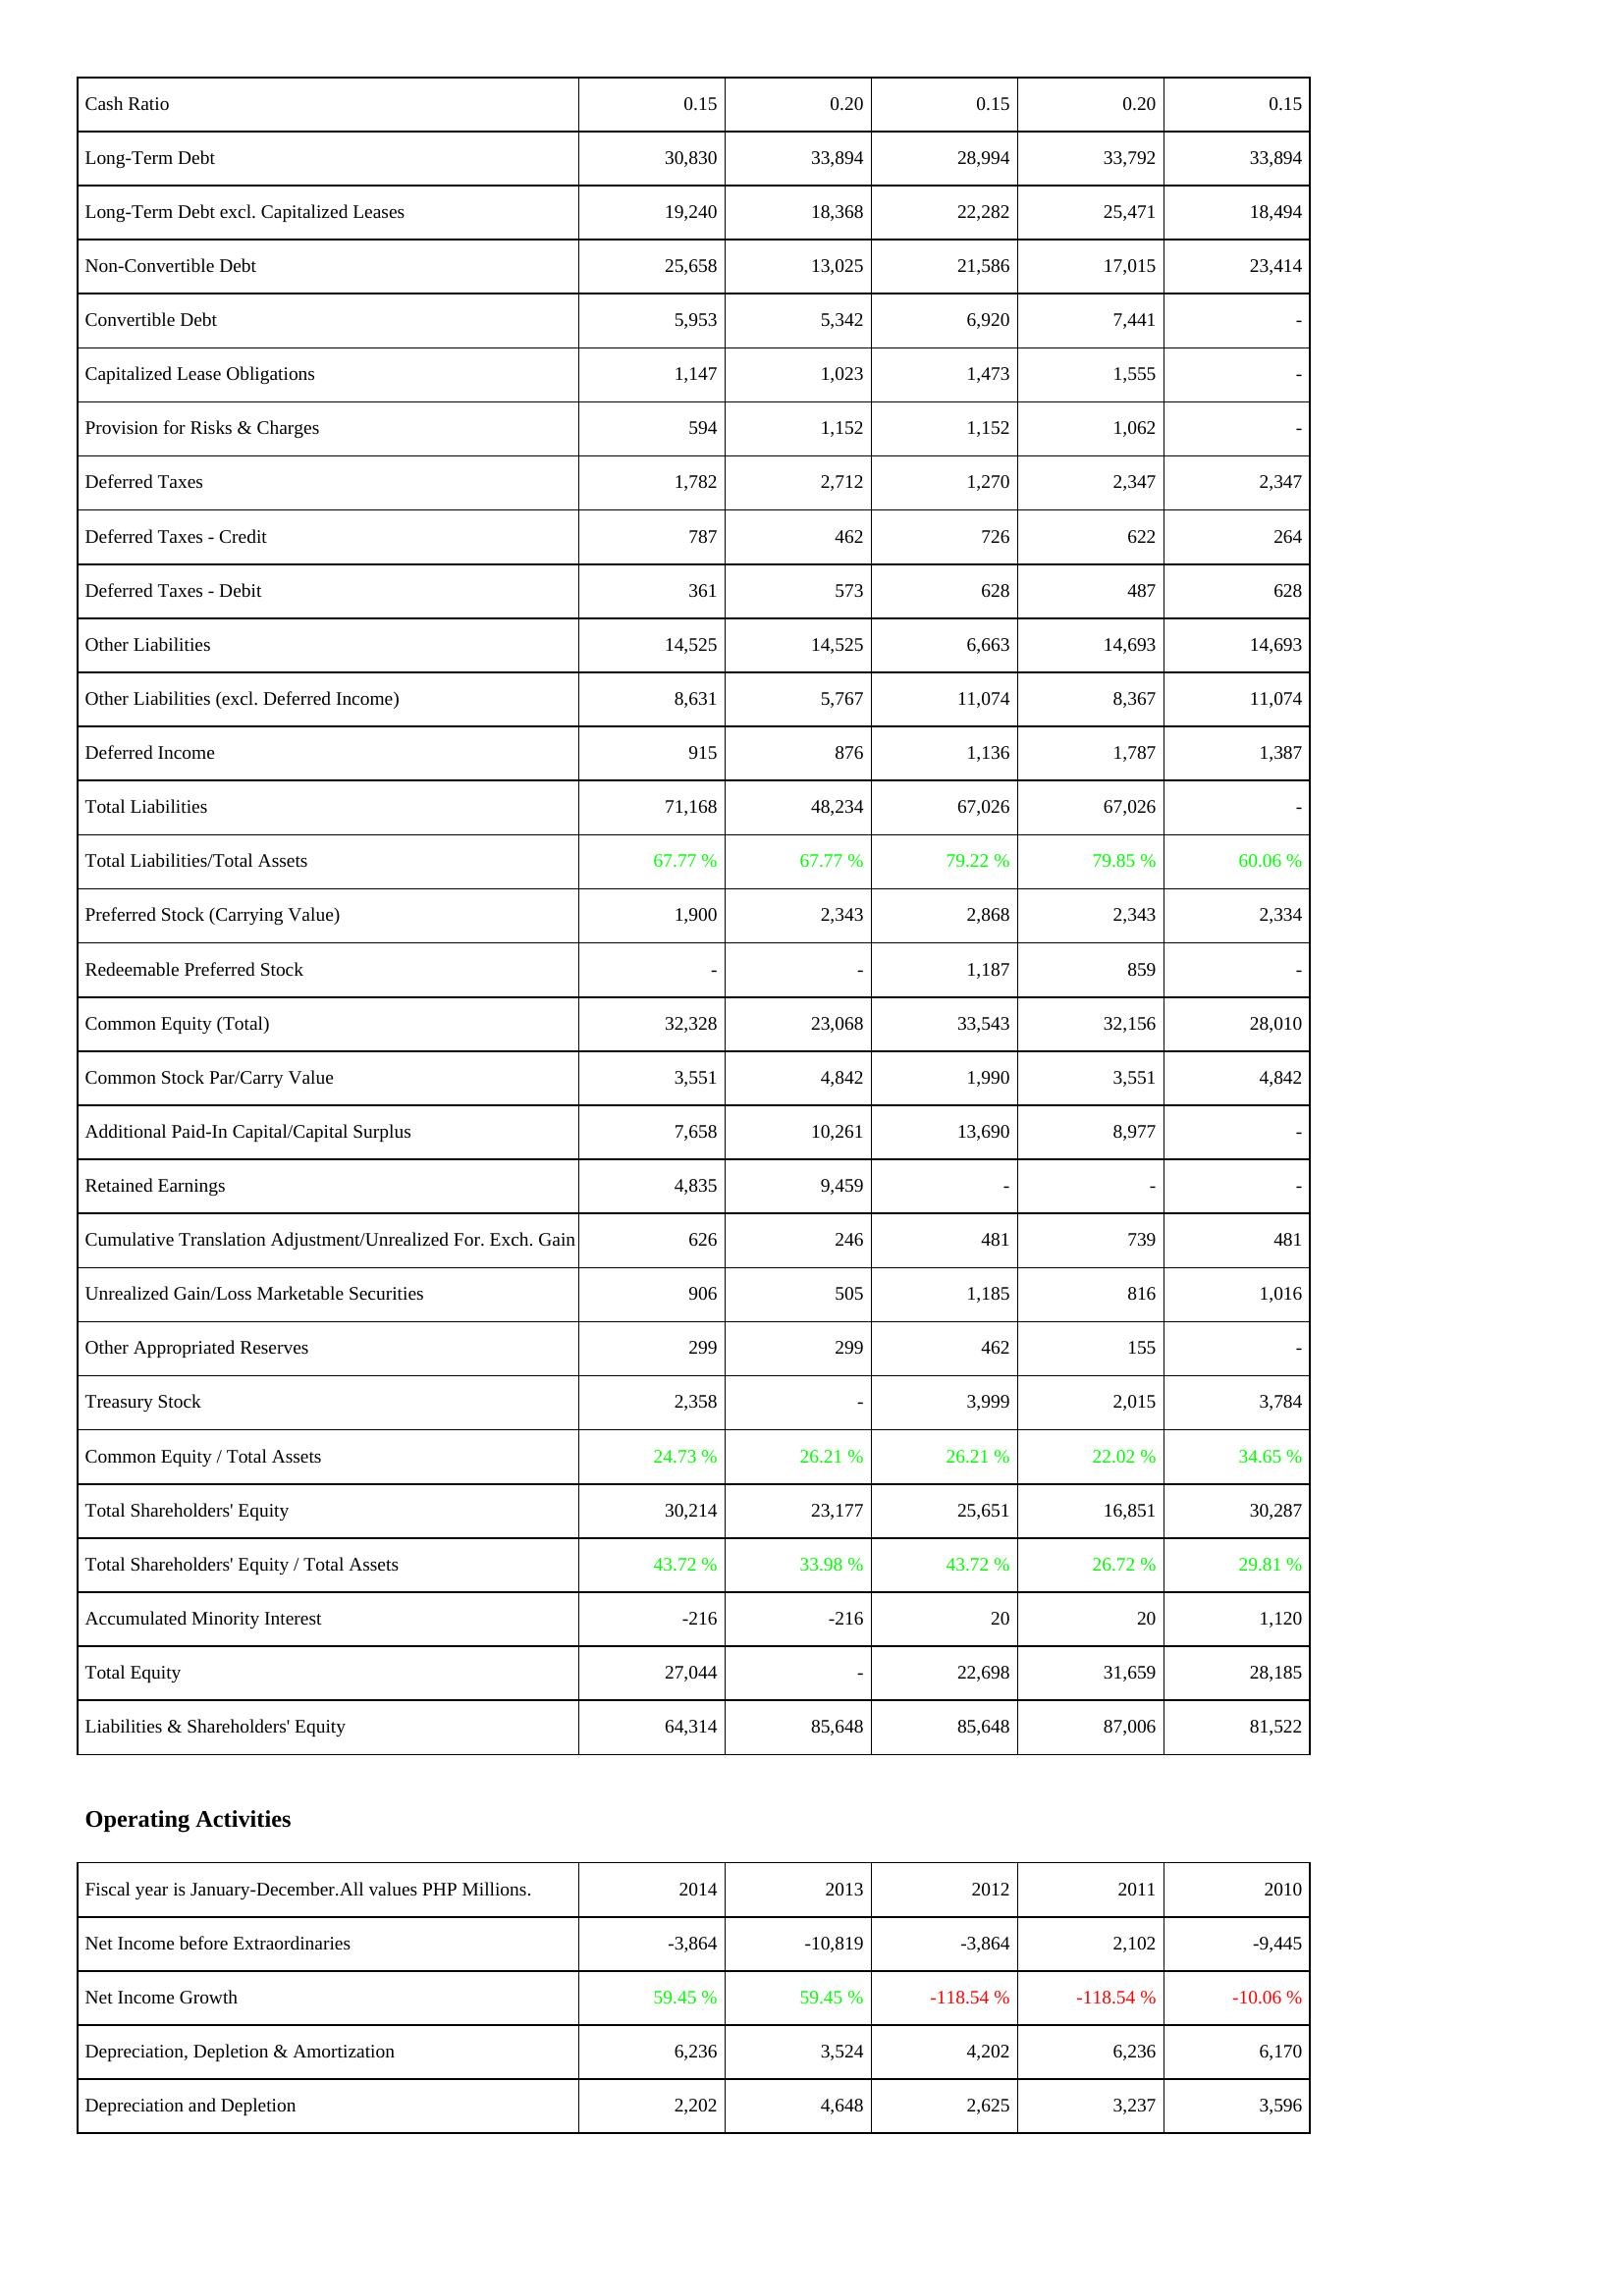
2014: Liabilities & Shareholders' Equity: Cash Ratio: 0.15
Long-Term Debt: 30,830
Long-Term Debt excl. Capitalized Leases: 19,240
Non-Convertible Debt: 25,658
Convertible Debt: 5,953
Capitalized Lease Obligations: 1,147
Provision for Risks & Charges: 594
Deferred Taxes: 1,782
Deferred Taxes - Credit: 787
Deferred Taxes - Debit: 361
Other Liabilities: 14,525
Other Liabilities (excl. Deferred Income): 8,631
Deferred Income: 915
Total Liabilities: 71,168
Total Liabilities/Total Assets: 67.77 %
Preferred Stock (Carrying Value): 1,900
Redeemable Preferred Stock: -
Common Equity (Total): 32,328
Common Stock Par/Carry Value: 3,551
Additional Paid-In Capital/Capital Surplus: 7,658
Retained Earnings: 4,835
Cumulative Translation Adjustment/Unrealized For. Exch. Gain: 626
Unrealized Gain/Loss Marketable Securities: 906
Other Appropriated Reserves: 299
Treasury Stock: 2,358
Common Equity / Total Assets: 24.73 %
Total Shareholders' Equity: 30,214
Total Shareholders' Equity / Total Assets: 43.72 %
Accumulated Minority Interest: -216
Total Equity: 27,044
Liabilities & Shareholders' Equity: 64,314
Operating Activities: Net Income before Extraordinaries: -3,864
Net Income Growth: 59.45 %
Depreciation, Depletion & Amortization: 6,236
Depreciation and Depletion: 2,202
2013: Liabilities & Shareholders' Equity: Cash Ratio: 0.20
Long-Term Debt: 33,894
Long-Term Debt excl. Capitalized Leases: 18,368
Non-Convertible Debt: 13,025
Convertible Debt: 5,342
Capitalized Lease Obligations: 1,023
Provision for Risks & Charges: 1,152
Deferred Taxes: 2,712
Deferred Taxes - Credit: 462
Deferred Taxes - Debit: 573
Other Liabilities: 14,525
Other Liabilities (excl. Deferred Income): 5,767
Deferred Income: 876
Total Liabilities: 48,234
Total Liabilities/Total Assets: 67.77 %
Preferred Stock (Carrying Value): 2,343
Redeemable Preferred Stock: -
Common Equity (Total): 23,068
Common Stock Par/Carry Value: 4,842
Additional Paid-In Capital/Capital Surplus: 10,261
Retained Earnings: 9,459
Cumulative Translation Adjustment/Unrealized For. Exch. Gain: 246
Unrealized Gain/Loss Marketable Securities: 505
Other Appropriated Reserves: 299
Treasury Stock: -
Common Equity / Total Assets: 26.21 %
Total Shareholders' Equity: 23,177
Total Shareholders' Equity / Total Assets: 33.98 %
Accumulated Minority Interest: -216
Total Equity: -
Liabilities & Shareholders' Equity: 85,648
Operating Activities: Net Income before Extraordinaries: -10,819
Net Income Growth: 59.45 %
Depreciation, Depletion & Amortization: 3,524
Depreciation and Depletion: 4,648
2012: Liabilities & Shareholders' Equity: Cash Ratio: 0.15
Long-Term Debt: 28,994
Long-Term Debt excl. Capitalized Leases: 22,282
Non-Convertible Debt: 21,586
Convertible Debt: 6,920
Capitalized Lease Obligations: 1,473
Provision for Risks & Charges: 1,152
Deferred Taxes: 1,270
Deferred Taxes - Credit: 726
Deferred Taxes - Debit: 628
Other Liabilities: 6,663
Other Liabilities (excl. Deferred Income): 11,074
Deferred Income: 1,136
Total Liabilities: 67,026
Total Liabilities/Total Assets: 79.22 %
Preferred Stock (Carrying Value): 2,868
Redeemable Preferred Stock: 1,187
Common Equity (Total): 33,543
Common Stock Par/Carry Value: 1,990
Additional Paid-In Capital/Capital Surplus: 13,690
Retained Earnings: -
Cumulative Translation Adjustment/Unrealized For. Exch. Gain: 481
Unrealized Gain/Loss Marketable Securities: 1,185
Other Appropriated Reserves: 462
Treasury Stock: 3,999
Common Equity / Total Assets: 26.21 %
Total Shareholders' Equity: 25,651
Total Shareholders' Equity / Total Assets: 43.72 %
Accumulated Minority Interest: 20
Total Equity: 22,698
Liabilities & Shareholders' Equity: 85,648
Operating Activities: Net Income before Extraordinaries: -3,864
Net Income Growth: -118.54 %
Depreciation, Depletion & Amortization: 4,202
Depreciation and Depletion: 2,625
2011: Liabilities & Shareholders' Equity: Cash Ratio: 0.20
Long-Term Debt: 33,792
Long-Term Debt excl. Capitalized Leases: 25,471
Non-Convertible Debt: 17,015
Convertible Debt: 7,441
Capitalized Lease Obligations: 1,555
Provision for Risks & Charges: 1,062
Deferred Taxes: 2,347
Deferred Taxes - Credit: 622
Deferred Taxes - Debit: 487
Other Liabilities: 14,693
Other Liabilities (excl. Deferred Income): 8,367
Deferred Income: 1,787
Total Liabilities: 67,026
Total Liabilities/Total Assets: 79.85 %
Preferred Stock (Carrying Value): 2,343
Redeemable Preferred Stock: 859
Common Equity (Total): 32,156
Common Stock Par/Carry Value: 3,551
Additional Paid-In Capital/Capital Surplus: 8,977
Retained Earnings: -
Cumulative Translation Adjustment/Unrealized For. Exch. Gain: 739
Unrealized Gain/Loss Marketable Securities: 816
Other Appropriated Reserves: 155
Treasury Stock: 2,015
Common Equity / Total Assets: 22.02 %
Total Shareholders' Equity: 16,851
Total Shareholders' Equity / Total Assets: 26.72 %
Accumulated Minority Interest: 20
Total Equity: 31,659
Liabilities & Shareholders' Equity: 87,006
Operating Activities: Net Income before Extraordinaries: 2,102
Net Income Growth: -118.54 %
Depreciation, Depletion & Amortization: 6,236
Depreciation and Depletion: 3,237
2010: Liabilities & Shareholders' Equity: Cash Ratio: 0.15
Long-Term Debt: 33,894
Long-Term Debt excl. Capitalized Leases: 18,494
Non-Convertible Debt: 23,414
Convertible Debt: -
Capitalized Lease Obligations: -
Provision for Risks & Charges: -
Deferred Taxes: 2,347
Deferred Taxes - Credit: 264
Deferred Taxes - Debit: 628
Other Liabilities: 14,693
Other Liabilities (excl. Deferred Income): 11,074
Deferred Income: 1,387
Total Liabilities: -
Total Liabilities/Total Assets: 60.06 %
Preferred Stock (Carrying Value): 2,334
Redeemable Preferred Stock: -
Common Equity (Total): 28,010
Common Stock Par/Carry Value: 4,842
Additional Paid-In Capital/Capital Surplus: -
Retained Earnings: -
Cumulative Translation Adjustment/Unrealized For. Exch. Gain: 481
Unrealized Gain/Loss Marketable Securities: 1,016
Other Appropriated Reserves: -
Treasury Stock: 3,784
Common Equity / Total Assets: 34.65 %
Total Shareholders' Equity: 30,287
Total Shareholders' Equity / Total Assets: 29.81 %
Accumulated Minority Interest: 1,120
Total Equity: 28,185
Liabilities & Shareholders' Equity: 81,522
Operating Activities: Net Income before Extraordinaries: -9,445
Net Income Growth: -10.06 %
Depreciation, Depletion & Amortization: 6,170
Depreciation and Depletion: 3,596